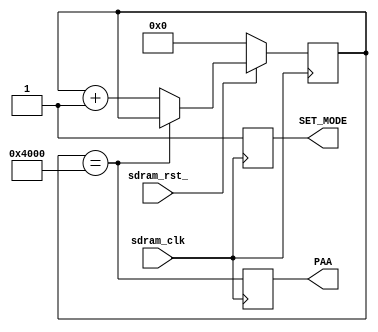
module sdram_init (
    // -- Clock & Reset
    input       sdram_clk,
    input       sdram_rst_,
    // -- CKE
//    input       CKE_IN,
//    output  reg CKE_OUT,
    // -- init output signals
    output  reg PAA = 0,
    output  reg SET_MODE
);

parameter
    INIT_CNT        = 16'h4000,
    INIT_HALF_CNT   = INIT_CNT >> 1;
    
/********************************************************/
// --  Internal Signals                                   

reg     [15:0]  init_counter;
wire    init_counter_done;
//wire    init_counter_half_done;
assign init_counter_done = (init_counter == INIT_CNT);
//assign init_counter_half_done = (init_counter > INIT_HALF_CNT);
always @(posedge sdram_clk) begin
    if (!sdram_rst_)
        init_counter <= 'b0;
    else if (!init_counter_done)
        init_counter <= init_counter + 1'b1;
end

// -- Generate CKE_OUT
//always @(negedge sdram_clk or negedge sdram_rst_) begin
//    if (!sdram_rst_)
//        CKE_OUT <= 1'b0;
//    else
//        CKE_OUT <= CKE_IN && init_counter_half_done;
//end
        
// -- Generate PAA
// -- Wait at least 100us after providing stable sdram CLOCK signal
always @(posedge sdram_clk) begin
        PAA <= init_counter_done;
end        

// -- Generate SET_MODE
always @(posedge sdram_clk) begin
        SET_MODE <= 1'b1;
end

        
endmodule